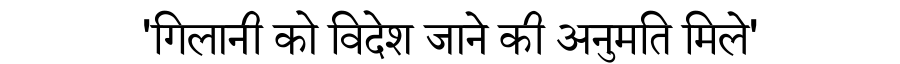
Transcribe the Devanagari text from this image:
'गिलानी को विदेश जाने की अनुमति मिले'